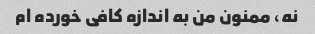
نه، ممنون من به اندازه کافی خورده ام